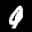
Label: 9